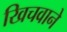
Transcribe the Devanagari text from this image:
खिचवाने